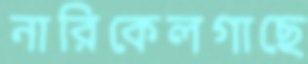
নারিকেলগাছে